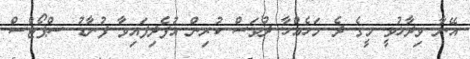
އޭނާ ވިދާޅުވީ މީގެ ދެ މަހެއްހާ ދުވަސް ކުރިން އުފެދިފައިވާ ފުނާޑު ސްޕޯޓްސް